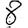
Digit: 8